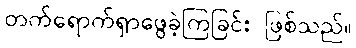
တက်ရောက်ရှာဖွေခဲ့ကြခြင်း ဖြစ်သည်။